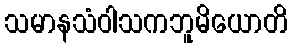
သမာနသံဝါသကဘူမိယောတိ